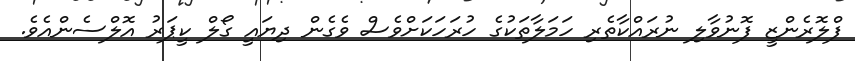
ފްލޮރެންޒީ ފޮނުވާލި ނުރައްކާތެރި ހަމަލާތަކުގެ ހުރަހަކަށްވެސް ވެގެން ދިޔައީ ގޯލް ކީޕަރު އޮލްސެންއެވެ.